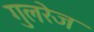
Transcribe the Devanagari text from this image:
गुलरेज